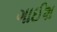
ગાઈશ